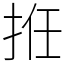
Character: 拰